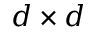
d \times d